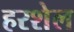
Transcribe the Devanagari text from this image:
हरशेल